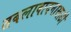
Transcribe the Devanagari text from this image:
तबलावादनासाठी